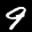
Label: 9